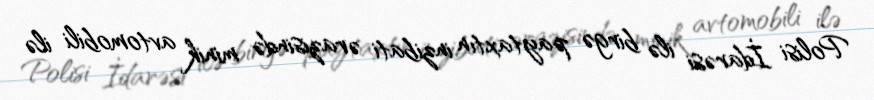
Polisi İdarəsi ilə birgə paytaxtın inzibati ərazisində minik avtomobili ilə